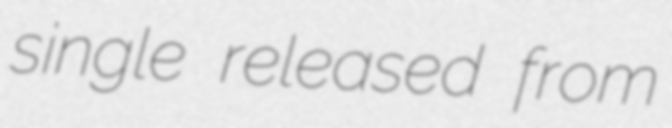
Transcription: single released from